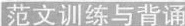
范文训练与背诵